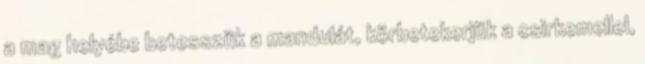
a mag helyébe betesszük a mandulát, körbetekerjük a csirkemellel,